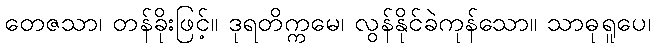
တေဇသာ၊ တန်ခိုးဖြင့်။ ဒုရတိက္ကမေ၊ လွန်နိုင်ခဲကုန်သော။ သာဓုရူပေ၊